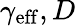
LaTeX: \gamma_{\mathrm{eff}},D